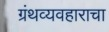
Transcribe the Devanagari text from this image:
ग्रंथव्यवहाराचा